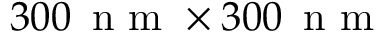
3 0 0 \, \mathrm { ~ n ~ m ~ } \times 3 0 0 \, \mathrm { ~ n ~ m ~ }